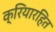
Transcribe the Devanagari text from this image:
क्रियारहित